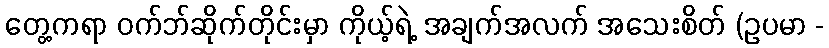
တွေ့ကရာ ဝက်ဘ်ဆိုက်တိုင်းမှာ ကိုယ့်ရဲ့ အချက်အလက် အသေးစိတ် (ဥပမာ -